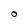
Character: O